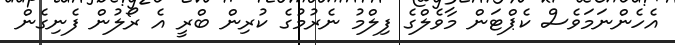
އެހެންނަމަވެސް ކެޕްޓަން މާވެލްގެ ފިލްމު ނެރުމުގެ ކުރިން ބްރީ އެ ރޯލުން ފެނިގެން